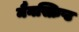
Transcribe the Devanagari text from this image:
मैनस्क्रिप्ट